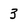
Character: 3